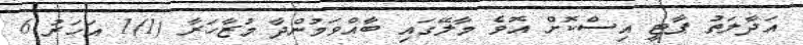
އަދާލަތު ޕާޓީ އިސްކޮށް އޮވެ މާލޭގައި ބާއްވަމުންދާ މުޒާހަރާ (1)1 އަހަރު 6